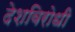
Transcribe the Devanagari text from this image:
देशविरोधी